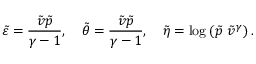
\tilde { \varepsilon } = \frac { \tilde { v } \tilde { p } } { \gamma - 1 } , \quad \tilde { \theta } = \frac { \tilde { v } \tilde { p } } { \gamma - 1 } , \quad \tilde { \eta } = \mathrm { l o g } \left( \tilde { p } \ \tilde { v } ^ { \gamma } \right) .